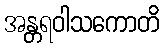
အန္တရဝါသကောတိ